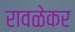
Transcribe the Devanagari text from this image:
रावळेकर